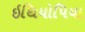
ઇથિયોપિયા